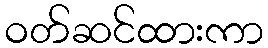
ဝတ်ဆင်ထားကာ